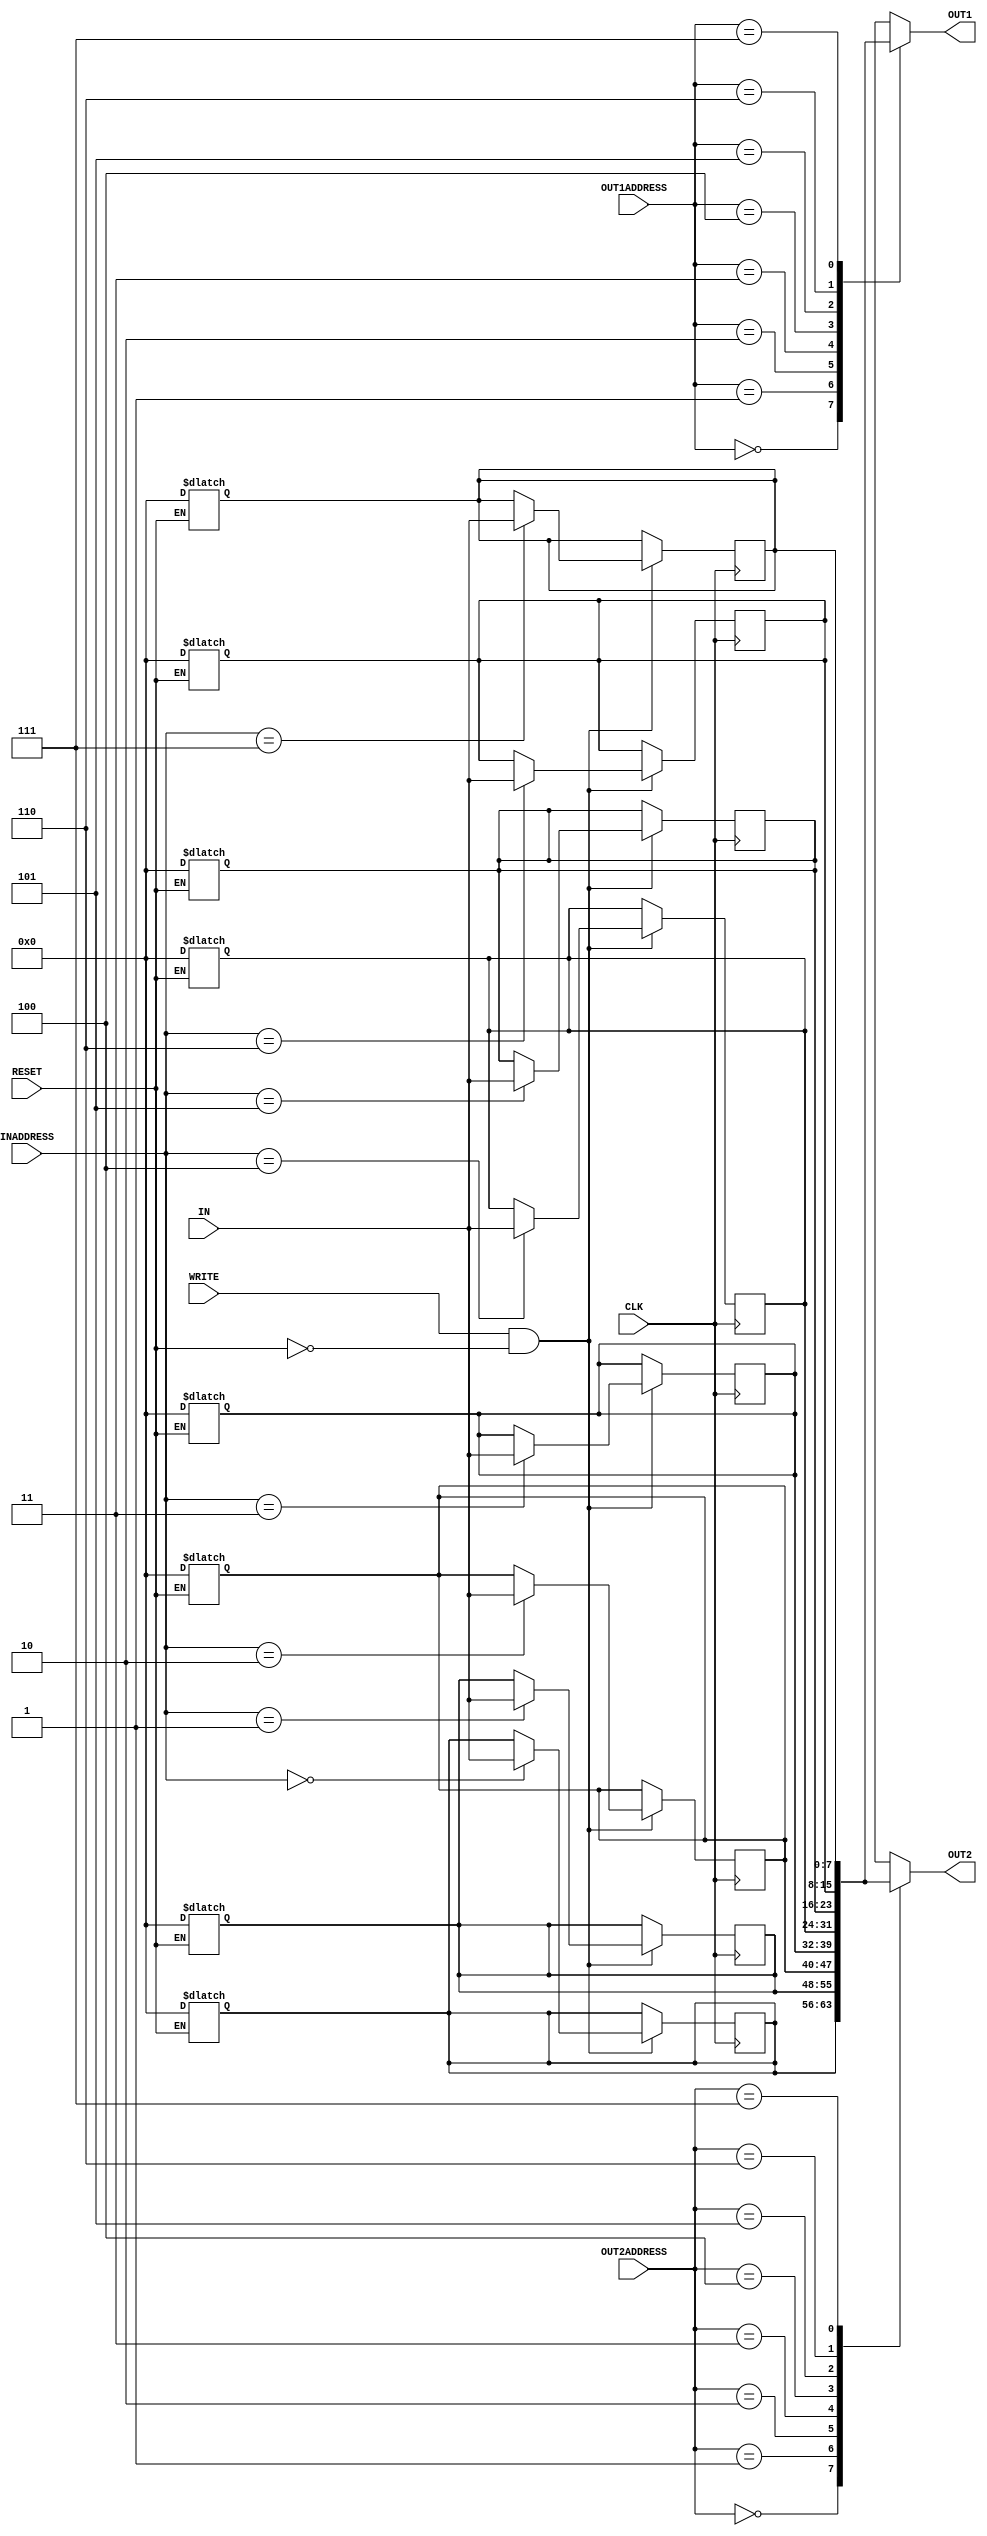
// Computer Architecture (CO224) - Lab 05
// Design: Register file of Simple Processor
`timescale 1ns/100ps
module reg_file (IN, OUT1, OUT2, INADDRESS, OUT1ADDRESS, OUT2ADDRESS, WRITE, CLK, RESET);//just as method

        //ports declaration
	//initialize outputs and these names are as given in pdf
        output [7:0]OUT1;           
        output [7:0]OUT2;
	//initialize inputs
	input [7:0]IN;
	input [2:0]INADDRESS;         
	input [2:0]OUT1ADDRESS; 
	input [2:0]OUT2ADDRESS;
	input WRITE;
        input CLK;
        input RESET; //busywait signal is passed from lab6

        //reg [7:0]OUT1;//reg is used as data type for variables to which values are assigned
	//reg [7:0]OUT2;
	reg [7:0] REGISTERS[0:7];
	integer i;//for the 'for loop'
		
        always @ (*) //get change level triggerd  
	begin
	       if(RESET == 1)// when reset is 1 all the registers get the value 0 and reset is level triggered
	       begin
		   #1;  //registers reset delay this has been modified to 1 for new lab memory
		   for (i=0; i<8; i=i+1)//this is done in a loop
		   begin
		       REGISTERS[i]=8'b0;// all registers getting 0
		   end
	       end
        end	       
	always @ (posedge CLK) //write is happened at positive edge of the clock      
	begin
	       #1; //this delay has to put here as due to new simulation register file was not working properly
	       if (WRITE == 1 && RESET == 0)  //this happen when write is enabled and registers are not reseting and in not stalling process
               begin
		   //#1;  //registers write delay this has been modified to 1 for new lab memory
                   REGISTERS[INADDRESS] <= IN; //values get assigned to registers in the file
               end
        end				              
        
	/*always @ (REGISTERS[OUT1ADDRESS] , REGISTERS[OUT2ADDRESS])//to run always when the input values get changed
	begin 
	      #2;//registers read delay	
              OUT1 = REGISTERS[OUT1ADDRESS];  //read values get assigned
              OUT2 = REGISTERS[OUT2ADDRESS];   
        end*/
        assign #2 OUT1 = REGISTERS[OUT1ADDRESS];//read values get assigned to output registers
        assign #2 OUT2 = REGISTERS[OUT2ADDRESS]; 	
endmodule